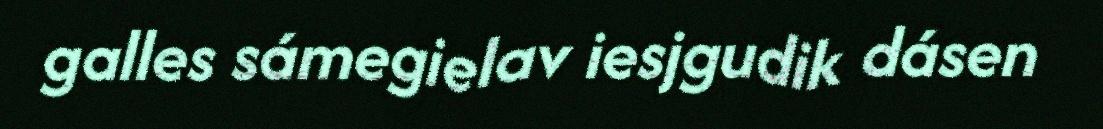
galles sámegielav iesjgudik dásen